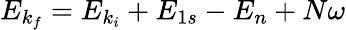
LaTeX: E_{k_{f}}=E_{k_{i}}+{E}_{1s}-{E}_{n}+N\omega